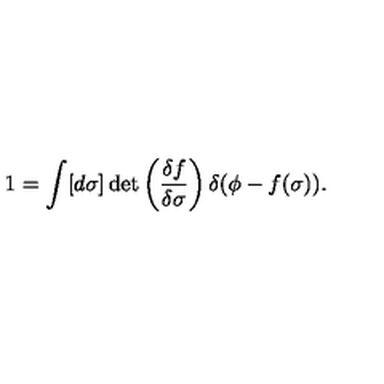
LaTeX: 1 = \int [ d \sigma ] \det \left( \frac { \delta f } { \delta \sigma } \right) \delta ( \phi - f ( \sigma ) ) .